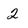
Character: 2